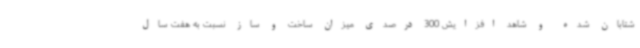
شتابان شده و شاهد افزایش 300 درصدی میزان ساخت و ساز نسبت به هفت سال